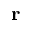
{ \bf r }